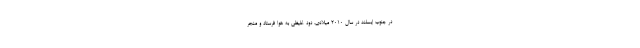
در جنوب ایسلند در سال ۲۰۱۰ میلادی، دود غلیظی به هوا فرستاد و منجر